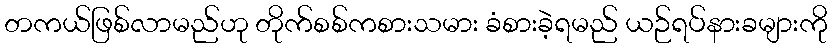
တကယ်ဖြစ်လာမည်ဟု တိုက်စစ်ကစားသမား ခံစားခဲ့ရမည် ယဉ်ရပ်နားခများကို